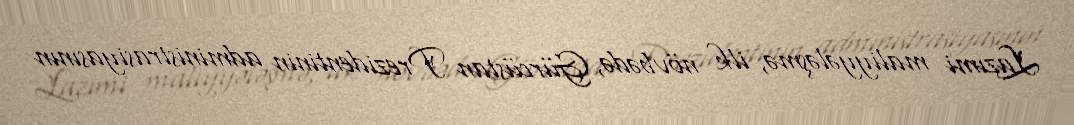
Lazımi maliyyələşmə, ilk növbədə, Gürcüstan Prezidentinin administrasiyasının